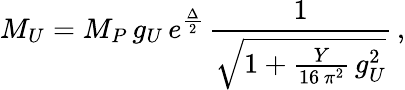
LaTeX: M_{U}=M_{P}\, g_{U}\, e^{\frac{\Delta}{2}}\, \frac{1}{\sqrt{1+\frac{Y}{16\, \pi^{2}}\, g_{U}^{2}}}\, ,